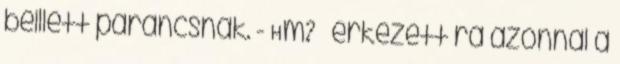
beillett parancsnak. - Hm? – érkezett rá azonnal a